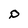
Character: D